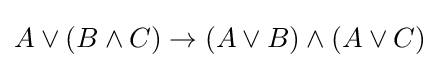
A\lor (B\land C)\to (A\lor B)\land (A\lor C)